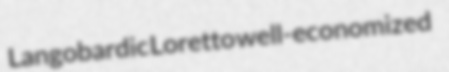
Langobardic Loretto well-economized